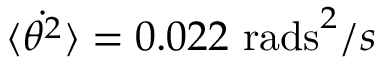
\dot { \langle \theta ^ { 2 } \rangle } = 0 . 0 2 2 ~ \mathrm { r a d s } ^ { 2 } / s